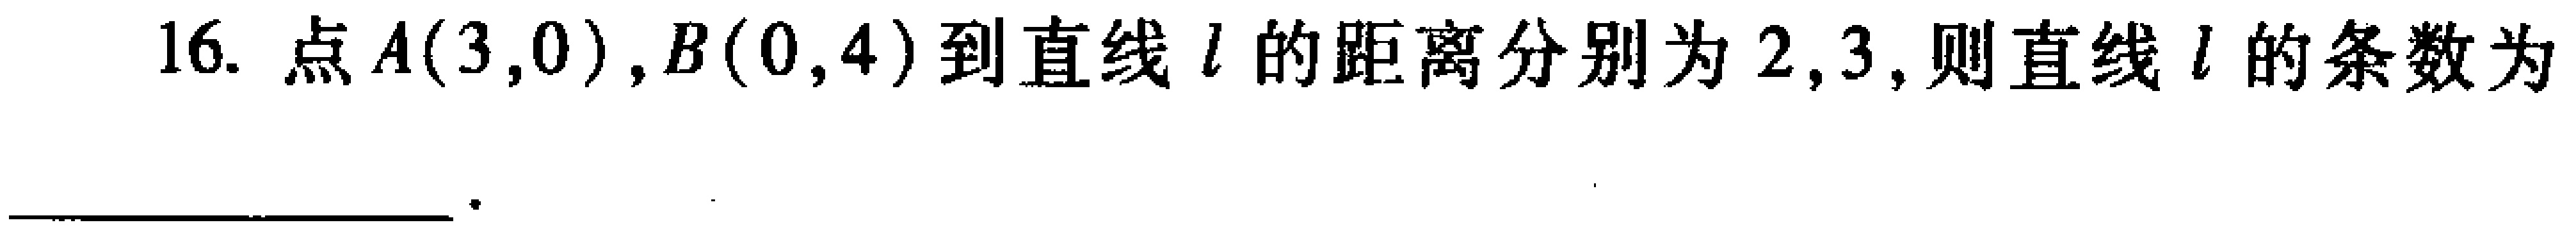
16. 点\(A(3,0)\), \(B(0,4)\)到直线\(l\)的距离分别为\(2\), \(3\), 则直线\(l\)的条数为  。